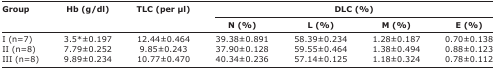
<table><thead><tr><td rowspan="3"><b>Group</b></td><td rowspan="3"><b>Hb (g/dl)</b></td><td rowspan="3"><b>TLC (per μl)</b></td><td colspan="4"><b>DLC (%)</b></td></tr><tr><td><b>N (%)</b></td><td><b>L (%)</b></td><td><b>M (%)</b></td><td><b>E (%)</b></td></tr></thead><tbody><tr><td>I (n=7)</td><td>3.5*±0.197</td><td>12.44±0.464</td><td>39.38±0.891</td><td>58.39±0.234</td><td>1.28±0.187</td><td>0.70±0.138</td></tr><tr><td>II (n=8)</td><td>7.79±0.252</td><td>9.85±0.243</td><td>37.90±0.128</td><td>59.55±0.464</td><td>1.38±0.494</td><td>0.88±0.123</td></tr><tr><td>III (n=8)</td><td>9.89±0.234</td><td>10.77±0.470</td><td>40.34±0.236</td><td>57.14±0.125</td><td>1.18±0.324</td><td>0.78±0.112</td></tr></tbody></table>